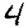
Digit: 4